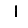
Digit: 1